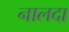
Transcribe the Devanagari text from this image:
नालदा